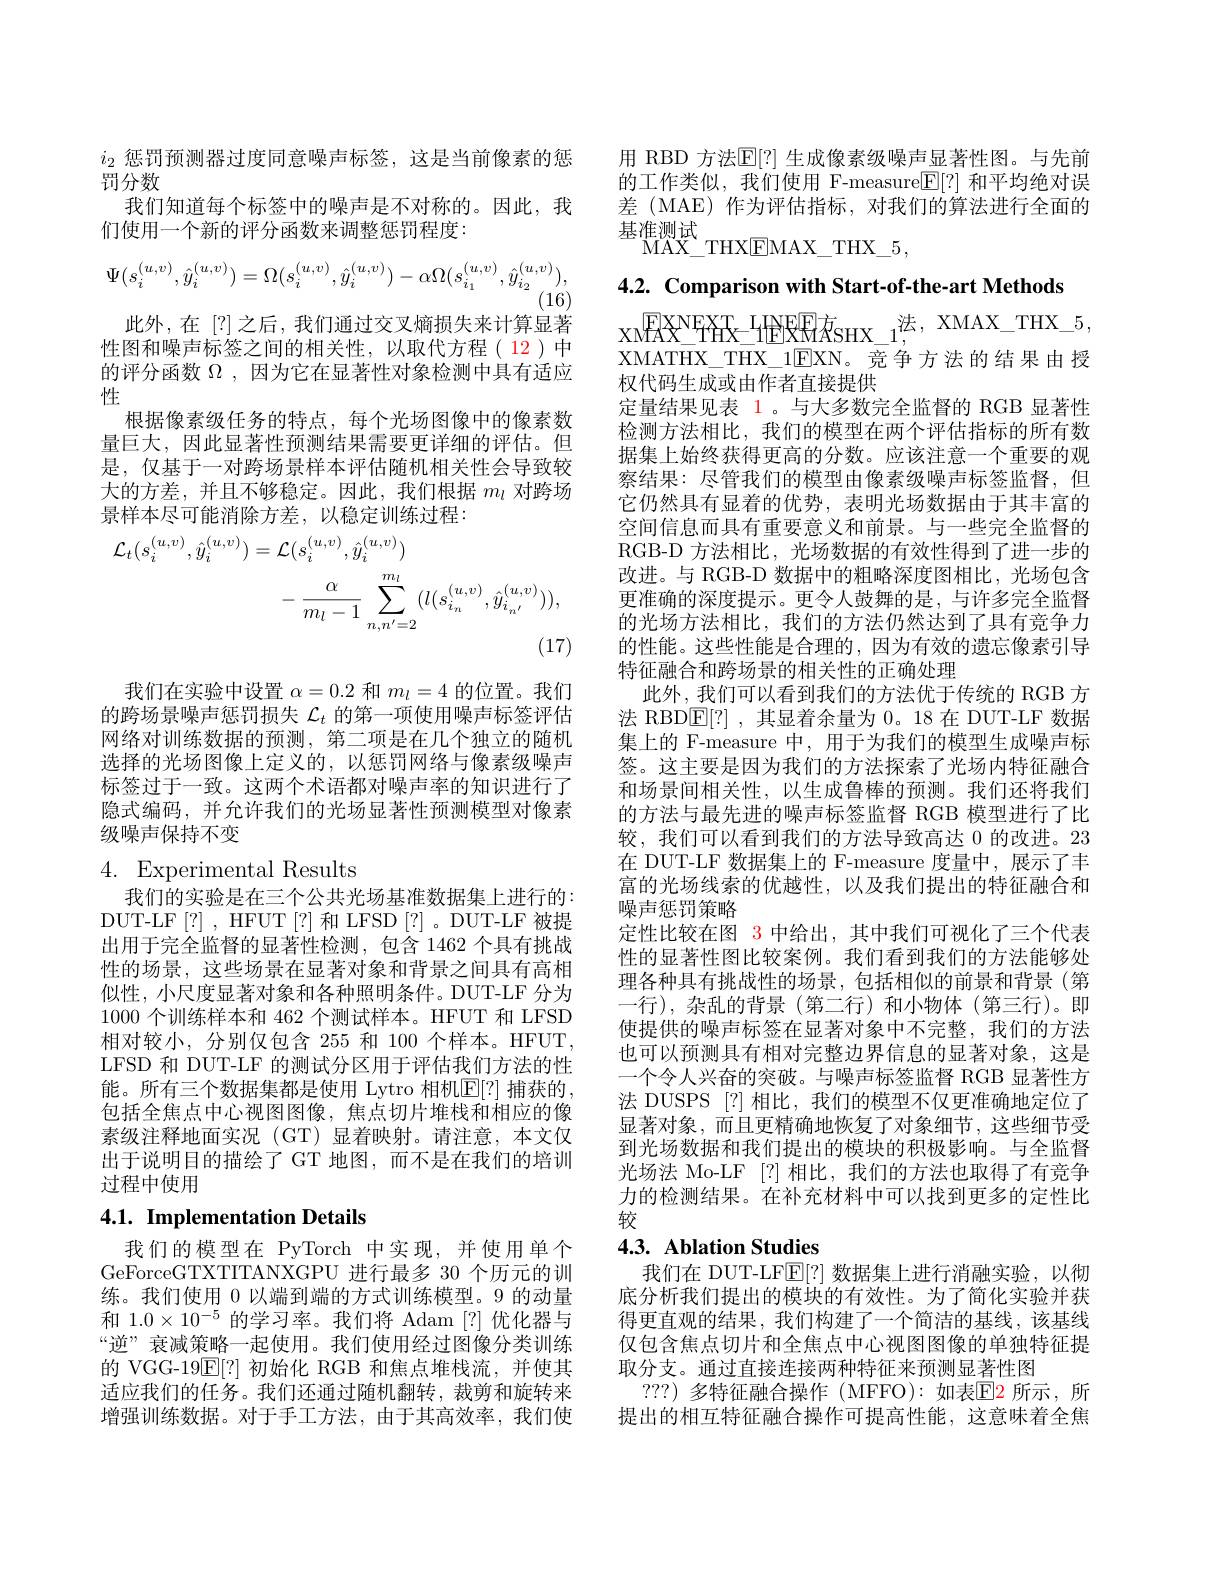
$i_2$惩罚预测器过度同意噪声标签，这是当前像素的惩
罚分数
我们知道每个标签中的噪声是不对称的。因此，我
们使用一个新的评分函数来调整惩罚程度：
$$\Psi(s_i^{(u,v)},\hat{y}_i^{(u,v)})=\Omega(s_i^{(u,v)},\hat{y}_i^{(u,v)})-\alpha\Omega(s_{i_1}^{(u,v)},\hat{y}_{i_2}^{(u,v)}),$$
(16)

此外，在[?]之后，我们通过交叉熵损失来计算显著性图和噪声标签之间的相关性，以取代方程( 12)中的评分函数$\Omega$ ,因为它在显著性对象检测中具有适应性
根据像素级任务的特点，每个光场图像中的像素数量巨大，因此显著性预测结果需要更详细的评估。但是，仅基于一对跨场景样本评估随机相关性会导致较大的方差，并且不够稳定。因此，我们根据$m_l$对跨场景样本尽可能消除方差，以稳定训练过程：
$$\begin{aligned}\mathcal{L}_{t}(s_{i}^{(u,v)},\hat{y}_{i}^{(u,v)})&=\mathcal{L}(s_{i}^{(u,v)},\hat{y}_{i}^{(u,v)})\\&-\frac{\alpha}{m_{l}-1}\sum_{n,n^{\prime}=2}^{m_{l}}(l(s_{i_{n}}^{(u,v)},\hat{y}_{i_{n^{\prime}}}^{(u,v)})),\end{aligned}$$
我们在实验中设置$\alpha=0.2$和$m_l=4$的位置。我们的跨场景噪声惩罚损失$\mathcal{L}_t$的第一项使用噪声标签评估网络对训练数据的预测，第二项是在几个独立的随机选择的光场图像上定义的，以惩罚网络与像素级噪声标签过于一致。这两个术语都对噪声率的知识进行了隐式编码，并允许我们的光场显著性预测模型对像素级噪声保持不变

# 4. Experimental Results

我们的实验是在三个公共光场基准数据集上进行的： DUT-LF[?],HFUT[?]和LFSD[?]。DUT-LF被提出用于完全监督的显著性检测，包含 1462 个具有挑战性的场景，这些场景在显著对象和背景之间具有高相似性，小尺度显著对象和各种照明条件。DUT-LF 分为1000个训练样本和 462 个测试样本。HFUT 和 LFSD 相对较小，分别仅包含 255 和 100 个样本。HFUT, LFSD 和 DUT-LF 的测试分区用于评估我们方法的性能。所有三个数据集都是使用 Lytro 相机$\mathbb{E}[?]$ 捕获的包括全焦点中心视图图像，焦点切片堆栈和相应的像素级注释地面实况(GT)显着映射。请注意，本文仅出于说明目的描绘了 GT 地图，而不是在我们的培训过程中使用

# 4.1. Implementation Details

我们的模型在 PyTorch 中实现，并使用单个GeForceGTXTITANXGPU 进行最多 30 个历元的训练。我们使用 0 以端到端的方式训练模型。9 的动量和$1.0\times10^{-5}$的学习率。我们将 Adam [?]优化器与“逆”衰减策略一起使用。我们使用经过图像分类训练的 VGG-19$\overline{\mathrm{E}}[?]$初始化 RGB 和焦点堆栈流，并使其适应我们的任务。我们还通过随机翻转，裁剪和旋转来增强训练数据。对于手工方法，由于其高效率，我们使

用 RBD 方法$\mathbb{E}[?]$ 生成像素级噪声显著性图。与先前的工作类似，我们使用 F-measure$\mathbb{E}[?]$和平均绝对误差 (MAE) 作为评估指标，对我们的算法进行全面的基准测试
MAX$\_$THXEMAX$\_$THX$\_$5,

4.2. Comparison with Start-of-the-art Methods

$x_{\mathrm{M}}EX^{\mathrm{N}}F_{\mathrm{H}}^{\mathrm{T}}X_{\mathrm{H}}^{\mathrm{T}}X_{\mathrm{H}}^{\mathrm{T}}$HEX$^{\mathrm{T}}E_{\mathrm{H}}$R$^{\mathrm{T}}E_{\mathrm{H}}^{\mathrm{T}}$ XMATHX\_THX\_1EXN。竞争方法的结果由授权代码生成或由作者直接提供
定量结果见表 1。与大多数完全监督的 RGB 显著性检测方法相比，我们的模型在两个评估指标的所有数据集上始终获得更高的分数。应该注意一个重要的观察结果：尽管我们的模型由像素级噪声标签监督，但它仍然具有显着的优势，表明光场数据由于其丰富的空间信息而具有重要意义和前景。与一些完全监督的RGB-D 方法相比，光场数据的有效性得到了进一步的改进。与 RGB-D 数据中的粗略深度图相比，光场包含更准确的深度提示。更令人鼓舞的是，与许多完全监督的光场方法相比，我们的方法仍然达到了具有竞争力的性能。这些性能是合理的，因为有效的遗忘像素引导特征融合和跨场景的相关性的正确处理
此外，我们可以看到我们的方法优于传统的 RGB 方法 RBD$\boxed{\mathrm{E}}[?]$,其显着余量为0。18在 DUT-LF 数据集上的 F-measure 中，用于为我们的模型生成噪声标签。这主要是因为我们的方法探索了光场内特征融合和场景间相关性，以生成鲁棒的预测。我们还将我们的方法与最先进的噪声标签监督 RGB 模型进行了比较，我们可以看到我们的方法导致高达 0 的改进。23在 DUT-LF 数据集上的 F-measure 度量中，展示了丰富的光场线索的优越性，以及我们提出的特征融合和噪声惩罚策略
定性比较在图 3 中给出，其中我们可视化了三个代表性的显著性图比较案例。我们看到我们的方法能够处理各种具有挑战性的场景，包括相似的前景和背景(第一行),杂乱的背景(第二行)和小物体(第三行)。即使提供的噪声标签在显著对象中不完整，我们的方法也可以预测具有相对完整边界信息的显著对象，这是一个令人兴奋的突破。与噪声标签监督 RGB 显著性方法 DUSPS [?] 相比，我们的模型不仅更准确地定位了显著对象，而且更精确地恢复了对象细节，这些细节受到光场数据和我们提出的模块的积极影响。与全监督光场法 Mo-LF [?] 相比，我们的方法也取得了有竞争力的检测结果。在补充材料中可以找到更多的定性比较
4.3. Ablation Studies

我们在 DUT-LF$\mathbb{E}[?]$数据集上进行消融实验，以彻底分析我们提出的模块的有效性。为了简化实验并获得更直观的结果，我们构建了一个简洁的基线，该基线仅包含焦点切片和全焦点中心视图图像的单独特征提取分支。通过直接连接两种特征来预测显著性图
? ? ? )多特征融合操作 (MFFO):如表国2 所示，所提出的相互特征融合操作可提高性能，这意味着全焦